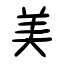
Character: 美